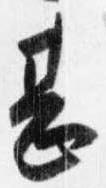
甚